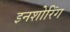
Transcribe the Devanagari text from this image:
इनशोरिंग